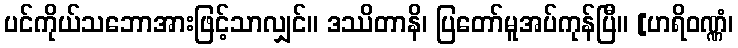
ပင်ကိုယ်သဘောအားဖြင့်သာလျှင်။ ဒဿိတာနိ၊ ပြတော်မူအပ်ကုန်ပြီ။ [ဟရိဝဏ္ဏံ၊